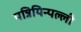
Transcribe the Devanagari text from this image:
पन्नियिन्पल्ली